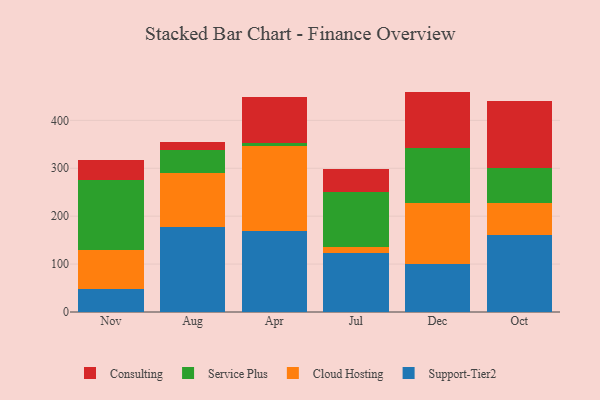
{"axis": {"x": "Month", "y": "Conversion Rate (%)"}, "legend": ["Cloud Hosting", "Consulting", "Service Plus", "Support-Tier2"], "data": [{"x": "Nov", "y": 48.3, "type": "Support-Tier2"}, {"x": "Nov", "y": 81.2, "type": "Cloud Hosting"}, {"x": "Nov", "y": 146.9, "type": "Service Plus"}, {"x": "Nov", "y": 41.4, "type": "Consulting"}, {"x": "Aug", "y": 177.2, "type": "Support-Tier2"}, {"x": "Aug", "y": 113.7, "type": "Cloud Hosting"}, {"x": "Aug", "y": 46.8, "type": "Service Plus"}, {"x": "Aug", "y": 16.3, "type": "Consulting"}, {"x": "Apr", "y": 169.8, "type": "Support-Tier2"}, {"x": "Apr", "y": 176.7, "type": "Cloud Hosting"}, {"x": "Apr", "y": 6.3, "type": "Service Plus"}, {"x": "Apr", "y": 96.9, "type": "Consulting"}, {"x": "Jul", "y": 123.9, "type": "Support-Tier2"}, {"x": "Jul", "y": 12.7, "type": "Cloud Hosting"}, {"x": "Jul", "y": 113.3, "type": "Service Plus"}, {"x": "Jul", "y": 48.8, "type": "Consulting"}, {"x": "Dec", "y": 99.4, "type": "Support-Tier2"}, {"x": "Dec", "y": 128.2, "type": "Cloud Hosting"}, {"x": "Dec", "y": 114.7, "type": "Service Plus"}, {"x": "Dec", "y": 117.7, "type": "Consulting"}, {"x": "Oct", "y": 160.2, "type": "Support-Tier2"}, {"x": "Oct", "y": 67.2, "type": "Cloud Hosting"}, {"x": "Oct", "y": 73.3, "type": "Service Plus"}, {"x": "Oct", "y": 138.7, "type": "Consulting"}]}